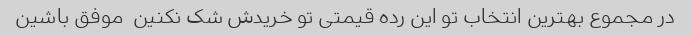
در مجموع بهترین انتخاب تو این رده قیمتی تو خریدش شک نکنین  موفق باشین